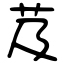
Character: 芨